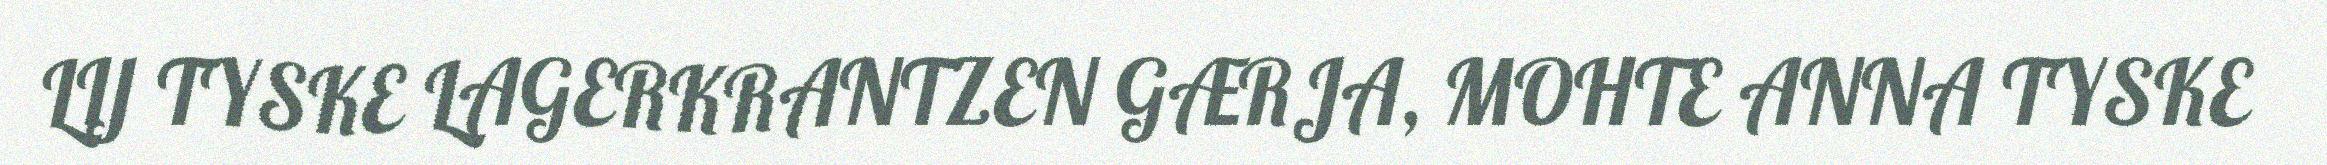
LIJ TYSKE LAGERKRANTZEN GÆRJA, MOHTE ANNA TYSKE